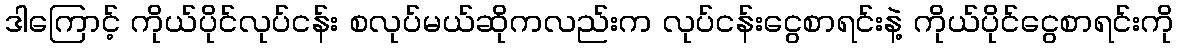
ဒါကြောင့် ကိုယ်ပိုင်လုပ်ငန်း စလုပ်မယ်ဆိုကလည်းက လုပ်ငန်းငွေစာရင်းနဲ့ ကိုယ်ပိုင်ငွေစာရင်းကို